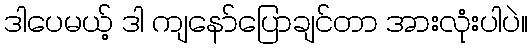
ဒါပေမယ့် ဒါ ကျနော်ပြောချင်တာ အားလုံးပါပဲ။